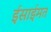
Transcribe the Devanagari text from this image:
ईसाईमत